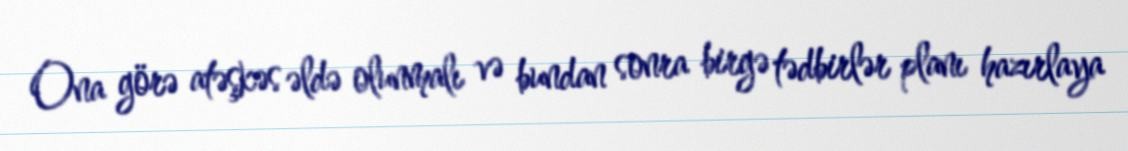
Ona görə atəşkəs əldə olunmalı və bundan sonra birgə tədbirlər planı hazırlaya